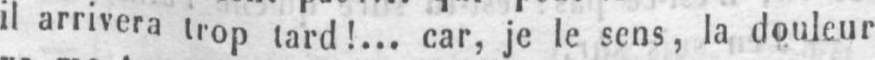
il arrivera trop tard!.., car, je le sens, la douleur